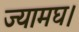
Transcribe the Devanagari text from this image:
ज्यामघ।